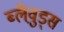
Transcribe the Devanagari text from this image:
ब्लैव़ुड्स